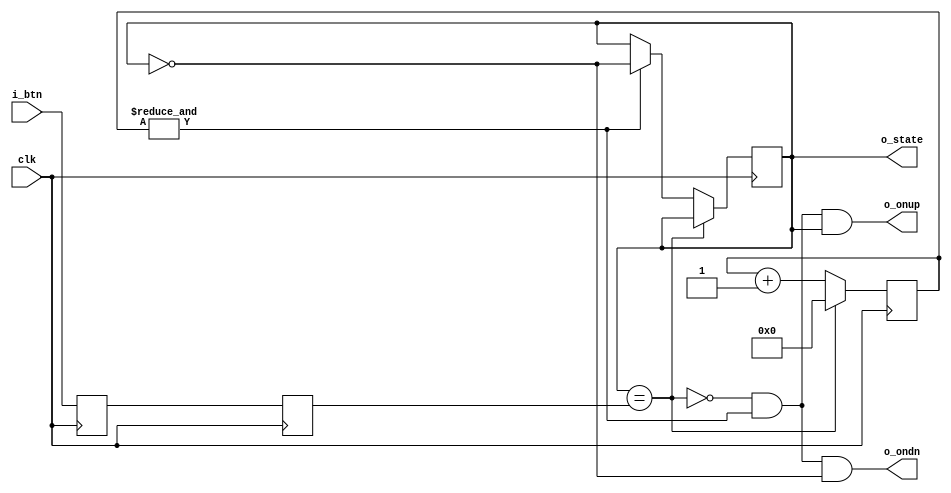
`timescale 1ns / 1ps

module debounce(
    input clk,
    input i_btn,
    output reg o_state,
    output o_ondn,
    output o_onup
    );

    // sync with clock and combat metastability
    reg sync_0, sync_1;
    always @(posedge clk) sync_0 <= i_btn;
    always @(posedge clk) sync_1 <= sync_0;

    // 2.6 ms counter at 100 MHz
    reg [18:0] counter;
    wire idle = (o_state == sync_1);
    wire max = &counter;

    always @(posedge clk)
    begin
        if (idle)
            counter <= 0;
        else
        begin
            counter <= counter + 1;
            if (max)
                o_state <= ~o_state;
        end
    end

    assign o_ondn = ~idle & max & ~o_state;
    assign o_onup = ~idle & max & o_state;
endmodule